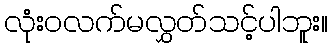
လုံးဝလက်မလွှတ်သင့်ပါဘူး။